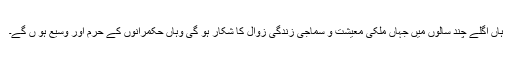
ہاں اگلے چند سالوں میں جہاں ملکی معیشت و سماجی زندگی زوال کا شکار ہو گی وہاں حکمرانوں کے حرم اور وسیع ہو ں گے۔